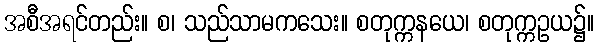
အစီအရင်တည်း။ စ၊ သည်သာမကသေး။ စတုက္ကနယေ၊ စတုက္ကဥယ၌။